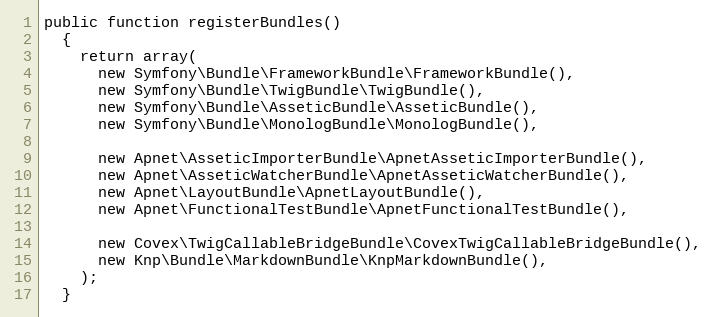
Language: PHP
public function registerBundles()
  {
    return array(
      new Symfony\Bundle\FrameworkBundle\FrameworkBundle(),
      new Symfony\Bundle\TwigBundle\TwigBundle(),
      new Symfony\Bundle\AsseticBundle\AsseticBundle(),
      new Symfony\Bundle\MonologBundle\MonologBundle(),

      new Apnet\AsseticImporterBundle\ApnetAsseticImporterBundle(),
      new Apnet\AsseticWatcherBundle\ApnetAsseticWatcherBundle(),
      new Apnet\LayoutBundle\ApnetLayoutBundle(),
      new Apnet\FunctionalTestBundle\ApnetFunctionalTestBundle(),

      new Covex\TwigCallableBridgeBundle\CovexTwigCallableBridgeBundle(),
      new Knp\Bundle\MarkdownBundle\KnpMarkdownBundle(),
    );
  }